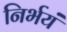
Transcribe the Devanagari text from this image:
निर्भयं